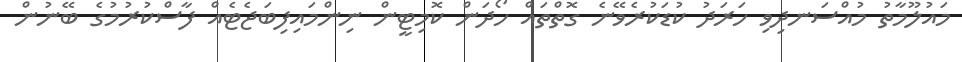
މައުލޫމާތު މުއްސަނދިވި ހަރަދު ކުޑަކުރެވޭނެ ގޮތްތައް ހޯދަން ކޮމިޓީން ނިންމައިފިބަޖެޓެއް ފާސްކުރުމުގެ ބޭނުން